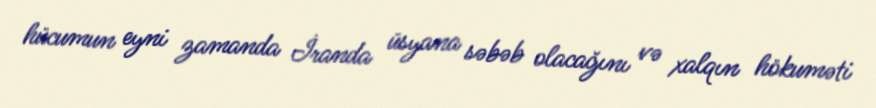
hücumun eyni zamanda İranda üsyana səbəb olacağını və xalqın hökuməti